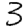
Digit: 3